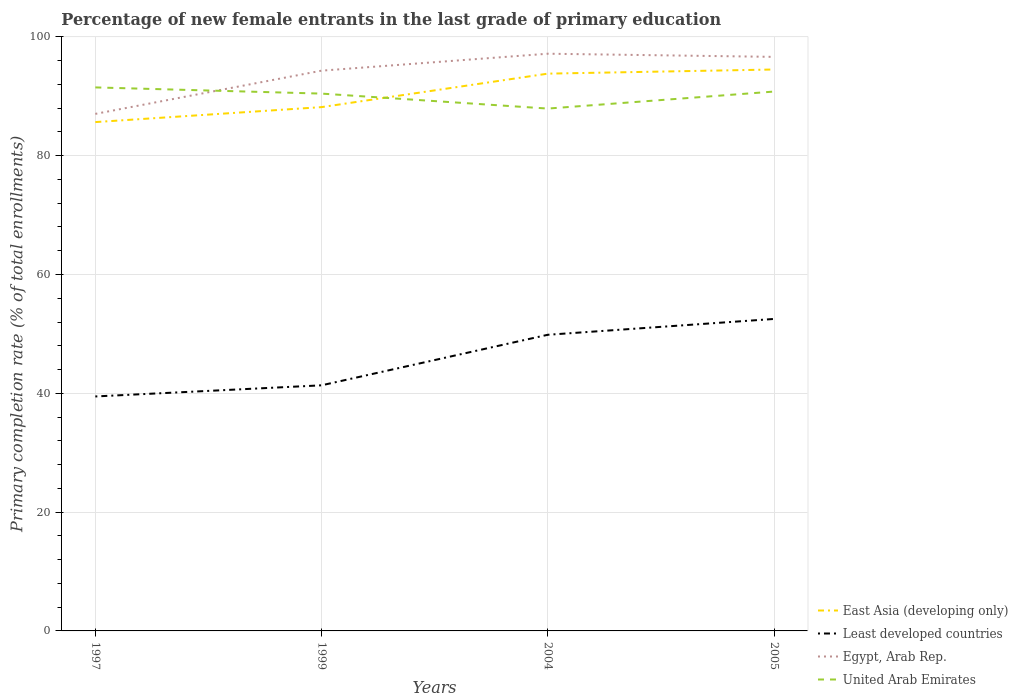
| Years | East Asia (developing only) | Least developed countries | Egypt, Arab Rep. | United Arab Emirates |
 | --- | --- | --- | --- | --- |
 | 1997 | 85.7 | 39.5 | 87 | 91.5 |
 | 1999 | 88.2 | 41.3 | 94.3 | 90.4 |
 | 2004 | 93.8 | 49.9 | 97.2 | 87.9 |
 | 2005 | 94.5 | 52.5 | 96.6 | 90.8 |